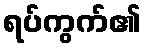
ရပ်ကွက်၏